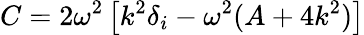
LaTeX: C=2\omega^{2}\left[k^{2}\delta_{i}-\omega^{2}(A+4k^{2})\right]